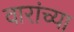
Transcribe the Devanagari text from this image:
वारांच्या